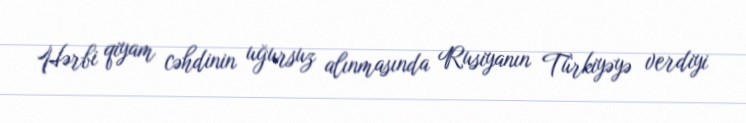
Hərbi qiyam cəhdinin uğursuz alınmasında Rusiyanın Türkiyəyə verdiyi